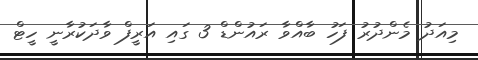
މިއަދު މެންދުރު ފަހު ބާއްވާ ރައުންޑް 3 ގައި އަރީފް ވާދަކުރާނީ ހީޓް